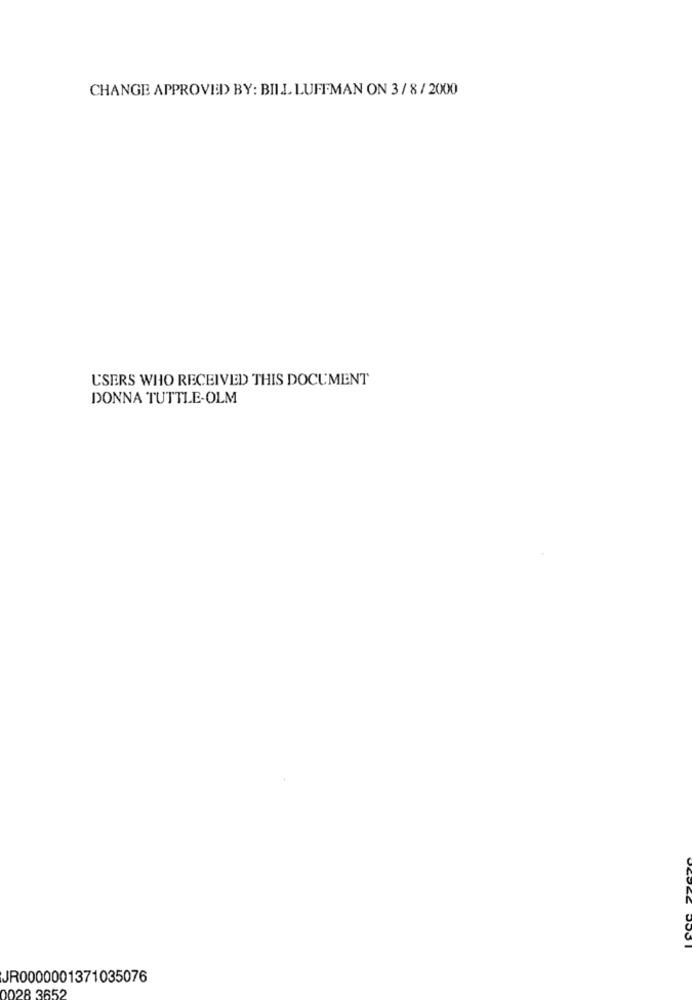
CHANGE APPROVED BY: BILL LUFFMAN ON 3/ 8/ 2000
USERS WHO RECEIVED THIS DOCUMENT
DONNA TUTTLE-OLM
JR0000001371035076
0028 3652